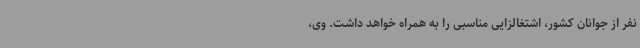
نفر از جوانان کشور، اشتغالزایی مناسبی را به همراه خواهد داشت. وی،